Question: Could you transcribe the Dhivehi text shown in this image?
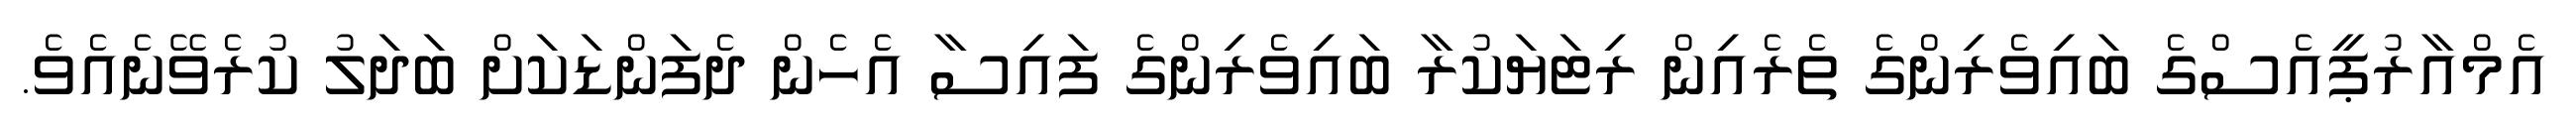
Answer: އެމްއާރުޕީއެސްގެ ބައިވެރިންގެ ތެރެއިން ރިޓަޔަކުރާ ބައިވެރިންގެ ފައިސާ އެހެން ދެފަންޑަކަށް ބަދަލު ކުރެވޭނެއެވެ.